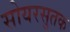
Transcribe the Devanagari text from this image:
सोयरसुतक